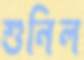
শুনিল